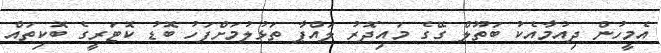
އެމީހުން ދިއުމާއެކު ބަތޫލް ގޭގެ މައިދޮރު ލައްޕާ ތަޅުލުމަށްފަހު ބޮޑު ކޮޓަރީގެ ބޮކިތައް